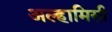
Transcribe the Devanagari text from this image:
अल्हामिसी